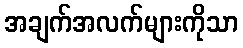
အချက်အလက်များကိုသာ